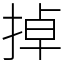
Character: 掉